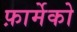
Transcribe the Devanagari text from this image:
फ़ार्मेको